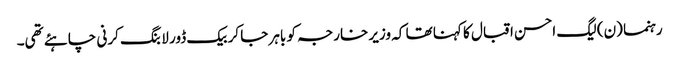
رہنما (ن) لیگ احسن اقبال کا کہنا تھا کہ وزیر خارجہ کو باہر جا کر بیک ڈور لابنگ کرنی چاہئے تھی۔